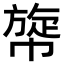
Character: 𢄲